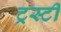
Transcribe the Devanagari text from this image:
ट्रस्‍टी